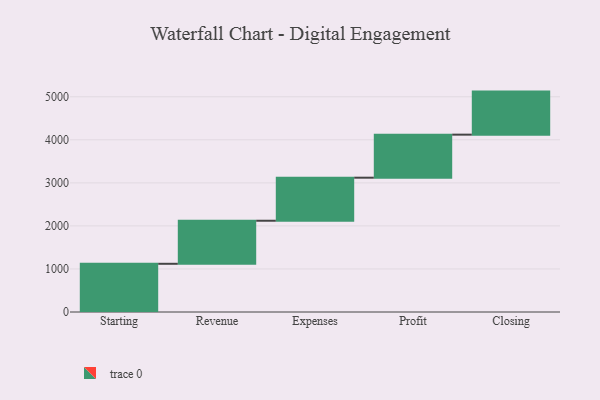
{"axis": {"x": "Step", "y": "Value"}, "legend": [""], "data": [{"x": "Starting", "y": 1120.0, "type": ""}, {"x": "Revenue", "y": 1000, "type": ""}, {"x": "Expenses", "y": 1000, "type": ""}, {"x": "Profit", "y": 1000, "type": ""}, {"x": "Closing", "y": 1000, "type": ""}]}